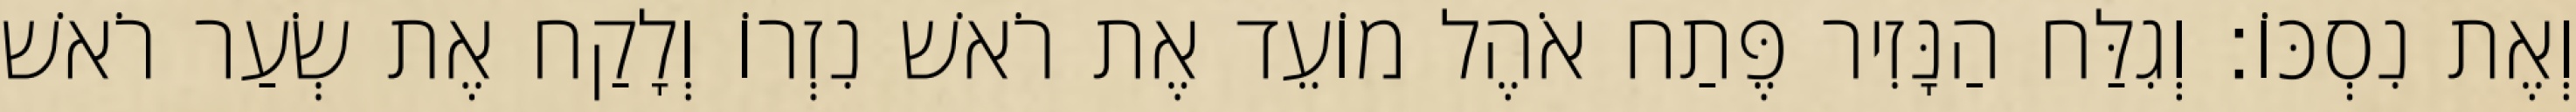
וְאֶת נִסְכּוֹ׃ וְגִלַּח הַנָּזִיר פֶּתַח אֹהֶל מוֹעֵד אֶת רֹאשׁ נִזְרוֹ וְלָקַח אֶת שְׂעַר רֹאשׁ